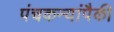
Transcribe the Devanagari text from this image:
पंचकन्यांपैकी